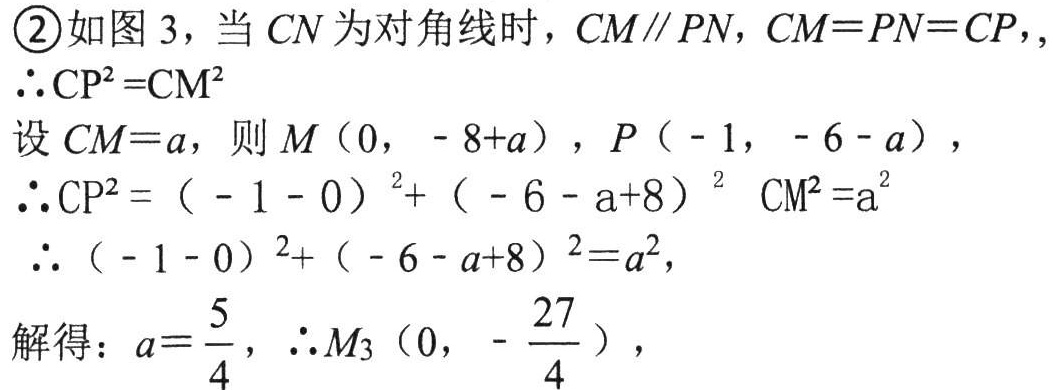
\textcircled{2}如图 3，当 \(CN\) 为对角线时，\(CM\parallel PN\)，\(CM = PN = CP\)，,
\(\therefore CP^{2}=CM^{2}\)
设 \(CM = a\)，则 \(M(0, - 8 + a)\)，\(P(-1, - 6 - a)\)，
\(\therefore CP^{2}=(-1 - 0)^{2}+(-6 - a + 8)^{2}\) \(CM^{2}=a^{2}\)
\(\therefore (-1 - 0)^{2}+(-6 - a + 8)^{2}=a^{2}\)，
解得：\(a = \frac{5}{4}\)，\(\therefore M_{3}(0, - \frac{27}{4})\)，